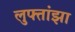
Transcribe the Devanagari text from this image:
लुफ्तांझा